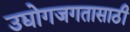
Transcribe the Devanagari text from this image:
उद्योगजगतासाठी